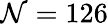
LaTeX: \mathcal{N}=126